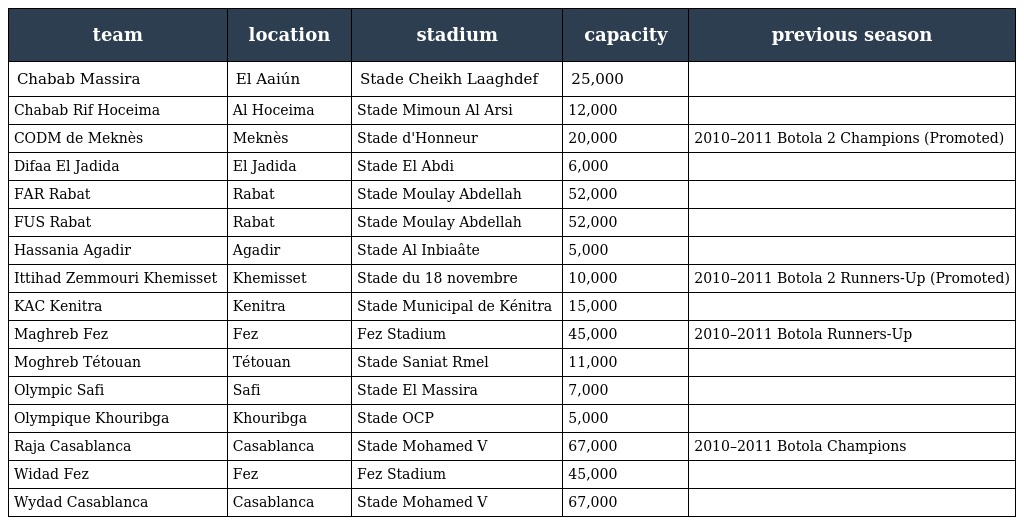
| team | location | stadium | capacity | previous season |
 | --- | --- | --- | --- | --- |
 | Chabab Massira | El Aaiún | Stade Cheikh Laaghdef | 25,000 |  |
 | Chabab Rif Hoceima | Al Hoceima | Stade Mimoun Al Arsi | 12,000 |  |
 | CODM de Meknès | Meknès | Stade d'Honneur | 20,000 | 2010–2011 Botola 2 Champions (Promoted) |
 | Difaa El Jadida | El Jadida | Stade El Abdi | 6,000 |  |
 | FAR Rabat | Rabat | Stade Moulay Abdellah | 52,000 |  |
 | FUS Rabat | Rabat | Stade Moulay Abdellah | 52,000 |  |
 | Hassania Agadir | Agadir | Stade Al Inbiaâte | 5,000 |  |
 | Ittihad Zemmouri Khemisset | Khemisset | Stade du 18 novembre | 10,000 | 2010–2011 Botola 2 Runners-Up (Promoted) |
 | KAC Kenitra | Kenitra | Stade Municipal de Kénitra | 15,000 |  |
 | Maghreb Fez | Fez | Fez Stadium | 45,000 | 2010–2011 Botola Runners-Up |
 | Moghreb Tétouan | Tétouan | Stade Saniat Rmel | 11,000 |  |
 | Olympic Safi | Safi | Stade El Massira | 7,000 |  |
 | Olympique Khouribga | Khouribga | Stade OCP | 5,000 |  |
 | Raja Casablanca | Casablanca | Stade Mohamed V | 67,000 | 2010–2011 Botola Champions |
 | Widad Fez | Fez | Fez Stadium | 45,000 |  |
 | Wydad Casablanca | Casablanca | Stade Mohamed V | 67,000 |  |